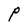
Character: P